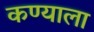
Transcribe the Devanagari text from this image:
कण्याला